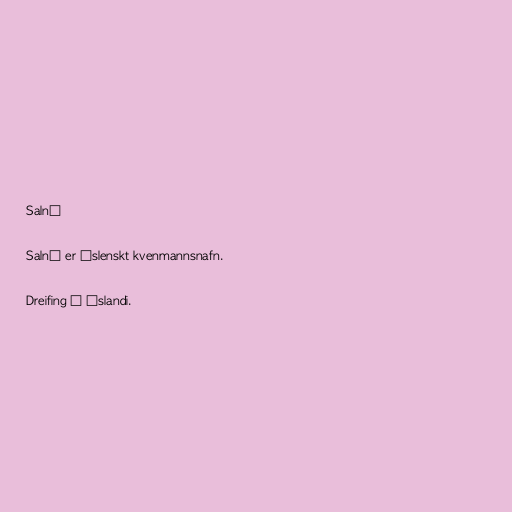
Salný

Salný er íslenskt kvenmannsnafn.

Dreifing á Íslandi.